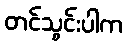
တင်သွင်းပါက